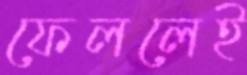
ফেললেই